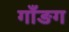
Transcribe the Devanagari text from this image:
गाँङग